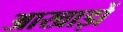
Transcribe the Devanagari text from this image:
आखाड़ों